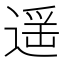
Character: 遥